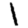
Digit: 1